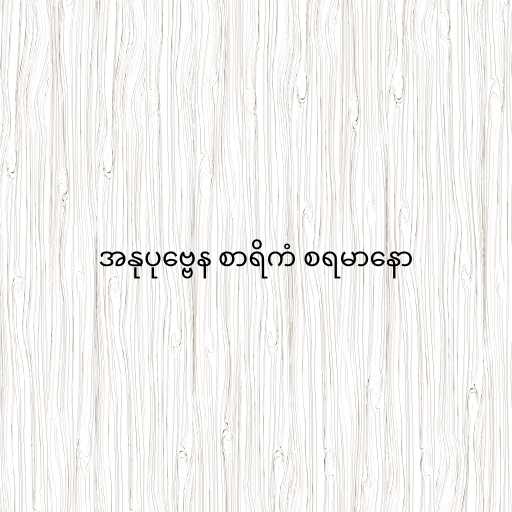
အနုပုဗ္ဗေန စာရိကံ စရမာနော